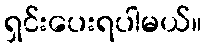
ရှင်းပေးရပါမယ်။